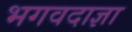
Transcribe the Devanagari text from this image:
भगवदाज्ञा